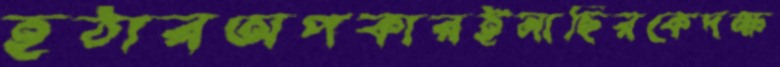
হঠারঅপকারইনাছিরকেদক্ষ